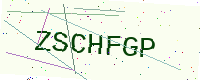
Text: ZSCHFGP